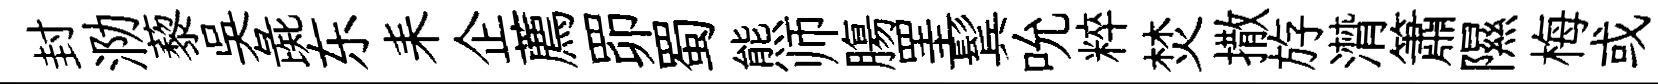
封泐藜吳彘东耒企薦𦊑蜀熊师膓罣鬂吮粹焚撒斿潸簫隰梅或